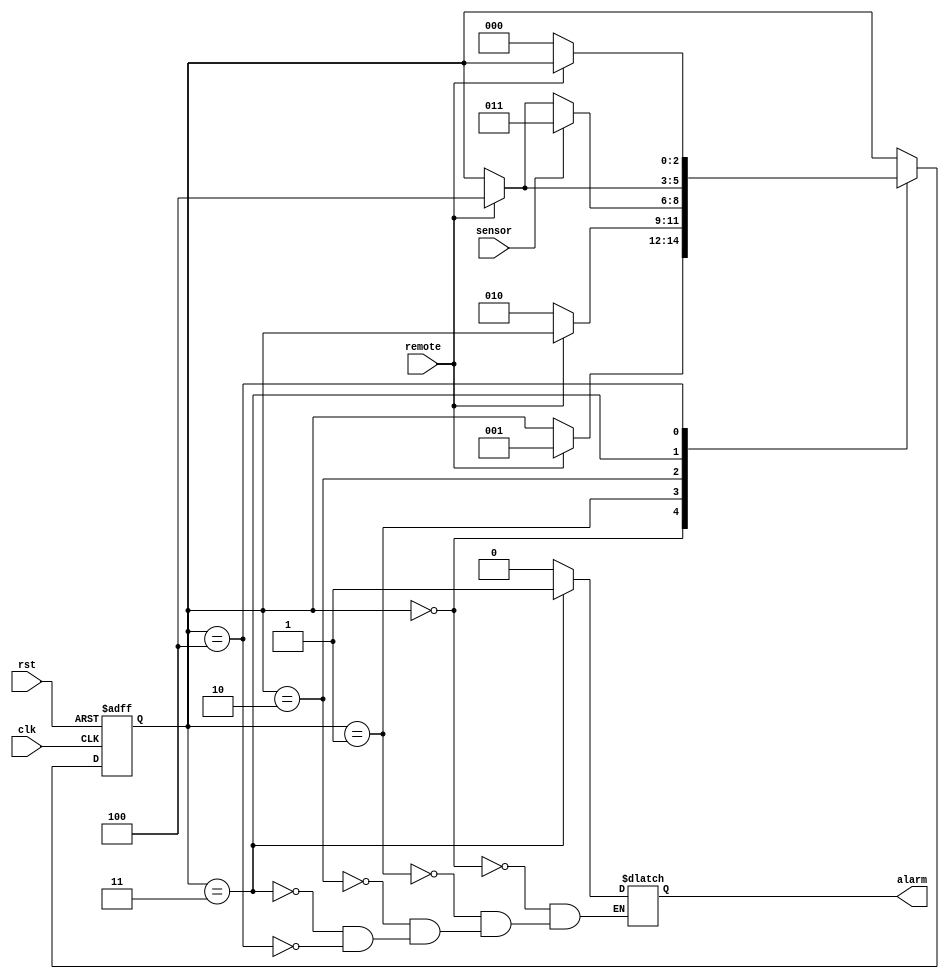
module alarmeCarro (remote, sensor, clk, rst, alarm);

	input remote, sensor, clk, rst;
	output reg alarm;
	
	reg [2:0] state;
	parameter [2:0] a = 3'd0, b = 3'd1, c = 3'd2, d = 3'd3, e = 3'd4;
	
	/*
	a - aguardando
	b - esperando largar boto
	c - alarme ativado
	d - sirene ativada
	e - esperando largar o boto
	*/
	
	initial begin
		state <= a;
	end
	
	//Primeiro procedimento - Estado prximo
	always @(negedge clk, negedge rst) begin
	
		if (rst == 0) state <= a;
		else begin
	
			case (state)
			
				a: begin
					if (remote == 1) state <= b;
				end
				b: begin
					if (remote == 0) state <= c;
				end
				c: begin
					if (sensor == 1) state <= d;
					else if (remote == 1) state <= e;
				end
				d: begin
					if (remote == 1) state <= e;
				end
				e: begin
					if (remote == 0) state <= a;
				end
			
			endcase
		end
	end
	
	//Segundo procedimento - procedimento de sada
	always @(state) begin
	
		case (state)
		
			a: begin
				alarm <= 0;
			end
			b: begin
				alarm <= 0;
			end
			c: begin
				alarm <= 0;
			end
			d: begin
				alarm <= 1;
			end
			e: begin
				alarm <= 0;
			end
		
		endcase
	
	end
	
	
endmodule